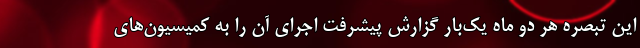
این تبصره هر دو ماه یک‌بار گزارش پیشرفت اجرای آن را به کمیسیون‌های